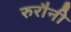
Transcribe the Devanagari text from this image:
रुरौनी